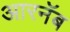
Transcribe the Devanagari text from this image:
आरनॅब